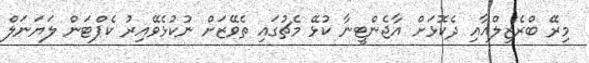
މިރޭ ބްރެޒިލްއާއި ދެކޮޅަށް އާޖެންޓީނާ ކުޅޭ މެޗުގައި ތެވޭޒަށް ނުކުޅެވޭއިރު ކެޕްޓަން ލަޔަނަލް